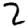
Digit: 2